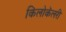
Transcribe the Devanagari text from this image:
किलोकॅलरी